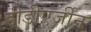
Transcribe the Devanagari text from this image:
डीडीएर्जीन